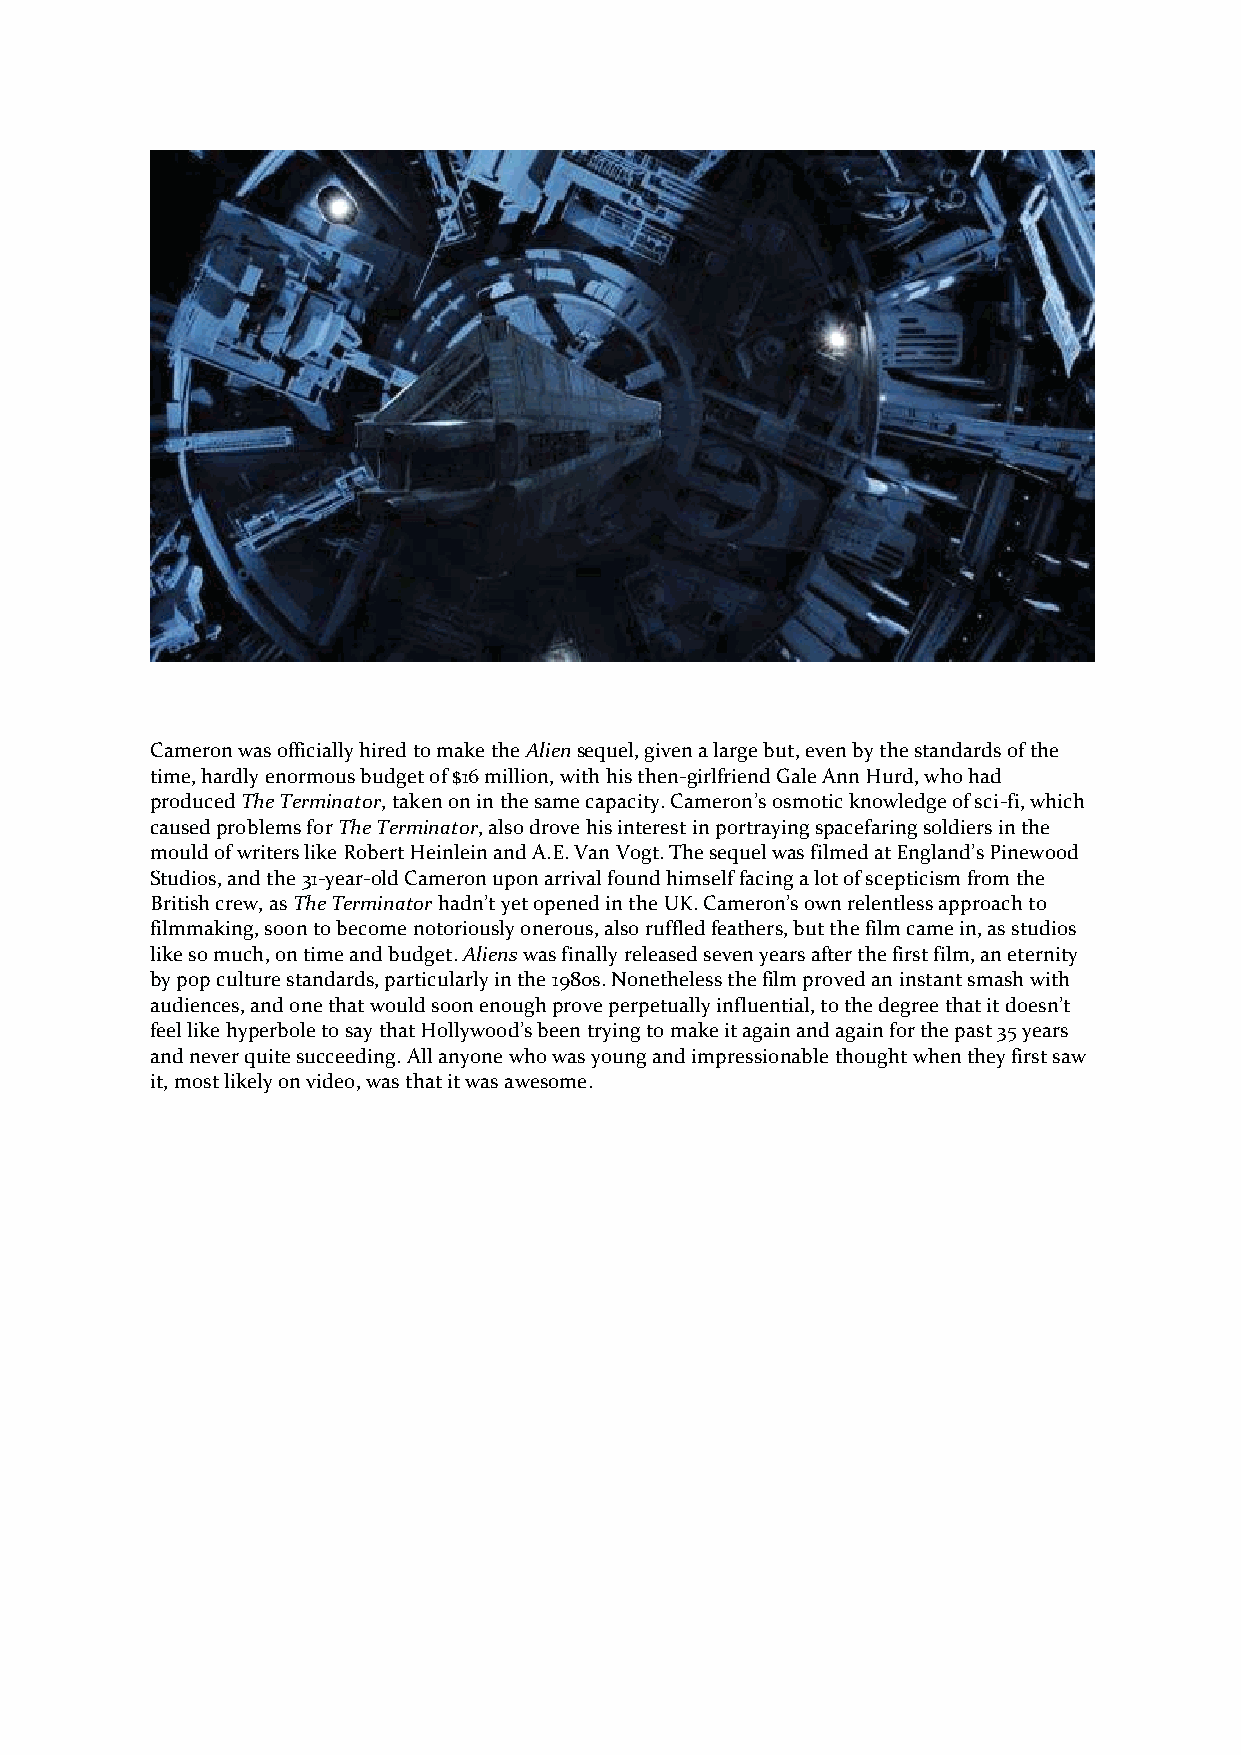
Cameron was officially hired to make the Alien sequel, given a large but, even by the standards of the
 time, hardly enormous budget of $16 million, with his then-girlfriend Gale Ann Hurd, who had
 produced The Terminator, taken on in the same capacity. Cameron’s osmotic knowledge of sci-fi, which
 caused problems for The Terminator, also drove his interest in portraying spacefaring soldiers in the
 mould of writers like Robert Heinlein and A.E. Van Vogt. The sequel was filmed at England’s Pinewood
 Studios, and the 31-year-old Cameron upon arrival found himself facing a lot of scepticism from the
 British crew, as The Terminator hadn’t yet opened in the UK. Cameron’s own relentless approach to
 filmmaking, soon to become notoriously onerous, also ruffled feathers, but the film came in, as studios
 like so much, on time and budget. Aliens was finally released seven years after the first film, an eternity
 by pop culture standards, particularly in the 1980s. Nonetheless the film proved an instant smash with
 audiences, and one that would soon enough prove perpetually influential, to the degree that it doesn’t
 feel like hyperbole to say that Hollywood’s been trying to make it again and again for the past 35 years
 and never quite succeeding. All anyone who was young and impressionable thought when they first saw
 it, most likely on video, was that it was awesome.